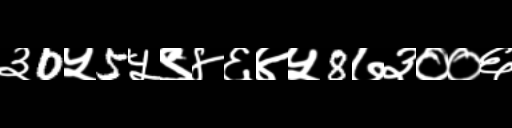
Text: ३0५5५९४६४५8७३००६